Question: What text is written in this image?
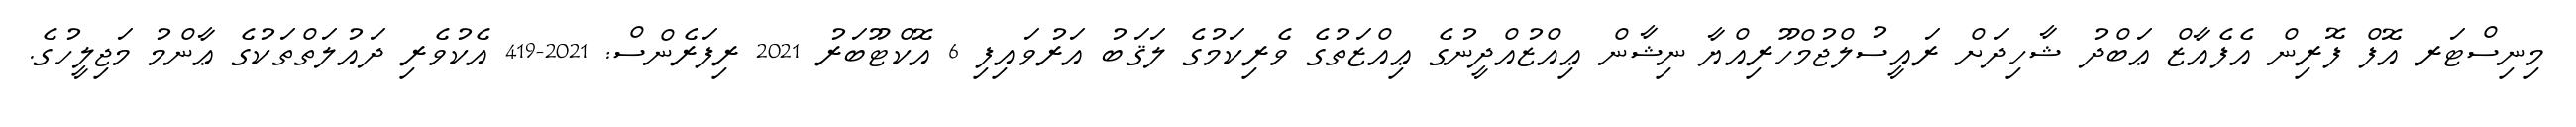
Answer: މިނިސްޓަރ އޮފް ފޮރިން އެފެއާޒް ޢަބްދު ޝާހިދަށް ރައީސުލްޖުމްހޫރިއްޔާ ނިޝާން ޢިއްޒުއްދީނުގެ ޢިއްޒަތުގެ ވެރިކަމުގެ ލަޤަބު އަރުވައިފި 6 އޮކްޓޫބަރު 2021 ރިފަރެންސް: 2021-419 އެކުވެރި ދައުލަތްތަކުގެ ޢާންމު މަޖިލީހުގެ.